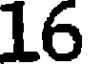
16